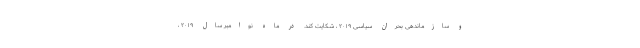
و سازماندهی بحران سیاسی ۲۰۱۹ ، شکایت کند. در ماه نوامبر سال ۲۰۱۹ ،